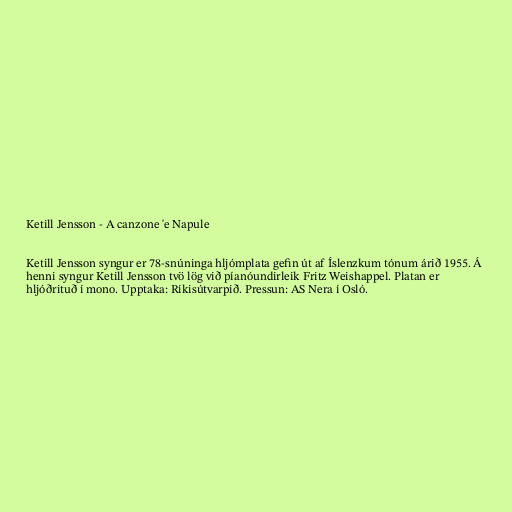
Ketill Jensson - A canzone 'e Napule

Ketill Jensson syngur er 78-snúninga hljómplata gefin út af Íslenzkum tónum árið 1955. Á
henni syngur Ketill Jensson tvö lög við píanóundirleik Fritz Weishappel. Platan er
hljóðrituð í mono. Upptaka: Ríkisútvarpið. Pressun: AS Nera í Osló.